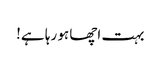
بہت اچھا ہو رہا ہے!